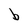
Character: b